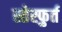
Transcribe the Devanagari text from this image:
स्तेस्फुर्त